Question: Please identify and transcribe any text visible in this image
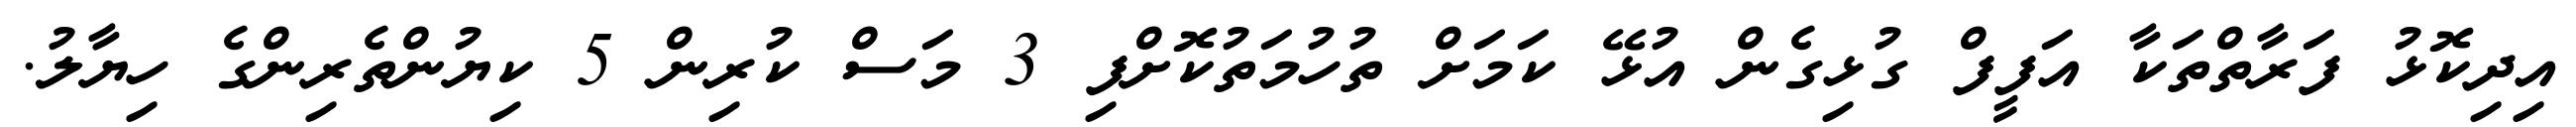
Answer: އިދިކޮޅު ފަރާތްތަކާ އަފީފް ގުޅިގެން އުޅޭ ކަމަށް ތުހުމަތުކޮށްފި 3 މަސް ކުރިން 5 ކިޔުންތެރިންގެ ހިޔާލު.